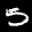
Label: 5